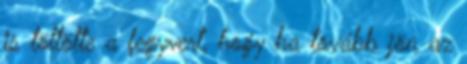
is töltötte a fegyvert, hogy ha tovább jön az